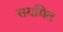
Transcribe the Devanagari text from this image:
सयमित